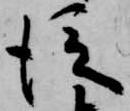
従